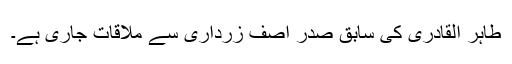
طاہر القادری کی سابق صدر آصف زرداری سے ملاقات جاری ہے۔